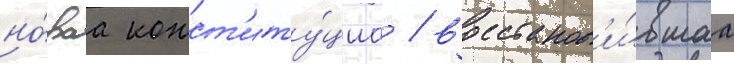
но́ваа конст'иту́циа / восстанов'и́вшаа